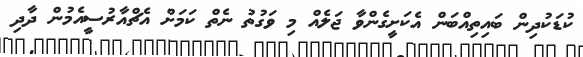
ކުޑަކުދިން ބައިތިއްބަން އެކަށީގެންވާ ޖަލެއް މި ވަގުތު ނެތް ކަމަށް އެޗްއާރުސީއެމުން ދާދި